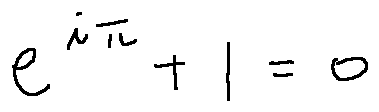
e ^ { i \pi } + 1 = 0